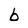
Character: b